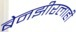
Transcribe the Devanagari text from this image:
बेनझीरलाही